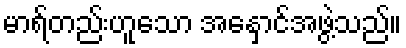
မာရ်တည်းဟူသော အနှောင်အဖွဲ့သည်။